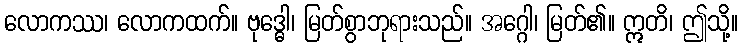
လောကဿ၊ လောကထက်။ ဗုဒ္ဓေါ၊ မြတ်စွာဘုရားသည်။ အဂ္ဂေါ၊ မြတ်၏။ ဣတိ၊ ဤသို့။